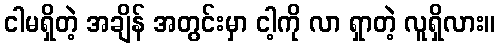
ငါမရှိတဲ့ အချိန် အတွင်းမှာ ငါ့ကို လာ ရှာတဲ့ လူရှိလား။